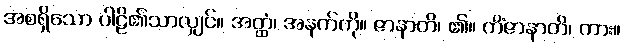
အစရှိသော ပါဠိ၏သာလျှင်။ အတ္ထံ၊ အနက်ကို။ ဇာနာတိ၊ ၏။ ကိံဇာနာတိ၊ ကား။